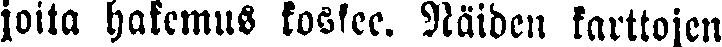
joita hakemus koskee. Näiden karttojen